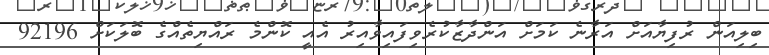
ބިލިއަން ރުފިޔާއަށް އަރާނެ ކަމަށް އަންދާޒާކުރެވިފައިވާއިރު އެއީ ކޮންމެ ރައްޔިތެއްގެ ބޮލަކަށް 92196